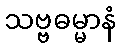
သဗ္ဗဓမ္မာနံ